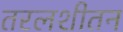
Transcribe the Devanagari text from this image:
तरलशीतन